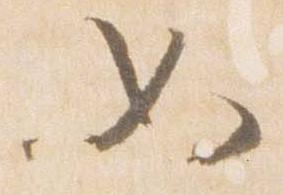
如